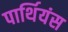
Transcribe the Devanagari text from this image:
पार्थियंस